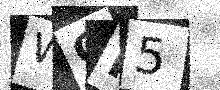
Text: WCF5